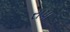
રાપા